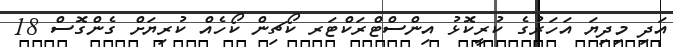
އަދި މިދިޔަ އަހަރުގެ ކުރީކޮޅު އިންސްޓްރަކްޓަރ ކޯޗިން ކޯހެއް ކުރިޔަށް ގެންގޮސް 18